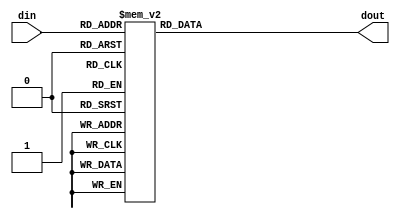
`timescale 1ns / 1ps

module seg7(
    input wire [3:0]din,
    output reg [6:0]dout
    );
 
    always@(*)
    case(din)
        5'h0:dout = 7'b000_0001;
        5'h1:dout = 7'b100_1111;
        5'h2:dout = 7'b001_0010;
        5'h3:dout = 7'b000_0110;
        5'h4:dout = 7'b100_1100;
        5'h5:dout = 7'b010_0100;
        5'h6:dout = 7'b010_0000;
        5'h7:dout = 7'b000_1111;
        5'h8:dout = 7'b000_0000;
        5'h9:dout = 7'b000_0100;
        5'ha:dout = 7'b000_1000;
        5'hb:dout = 7'b110_0000;
        5'hc:dout = 7'b011_0001;
        5'hd:dout = 7'b100_0010;
        5'he:dout = 7'b011_0000;
        5'hf:dout = 7'b011_1000;
        default:dout = 7'b111_1111;        
    endcase
    
    
endmodule